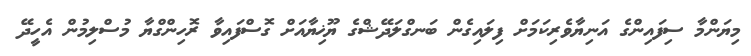
މިޔަންމާ ސިފައިންގެ އަނިޔާވެރިކަމަށް ފިލައިގެން ބަނގްލަދޭޝްގެ ޔޫޚިޔާއަށް ގޮސްފައިވާ ރޮހިންގްޔާ މުސްލިމުން އެހީދޭ